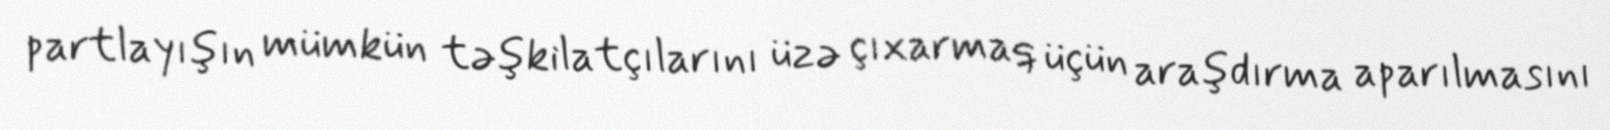
partlayışın mümkün təşkilatçılarını üzə çıxarmaq üçün araşdırma aparılmasını